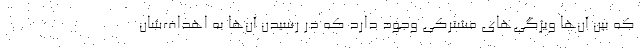
که بین آن‌ها ویژگی‌های مشترکی وجود دارد که در رسیدن آن‌ها به اهداف‌شان